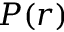
P ( r )